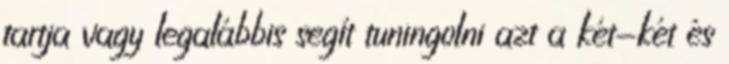
tartja vagy legalábbis segít tuningolni azt a két-két és